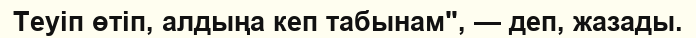
Теуіп өтіп, алдыңа кеп табынам", — деп, жазады.